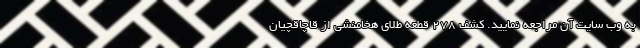
به وب سایت آن مراجعه نمایید. کشف ۲۷۸ قطعه طلای هخامنشی از قاچاقچیان